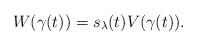
LaTeX: \begin{align*}W(\gamma(t))=s_\lambda(t)V(\gamma(t)).\end{align*}